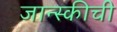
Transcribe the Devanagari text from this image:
जान्स्कीची